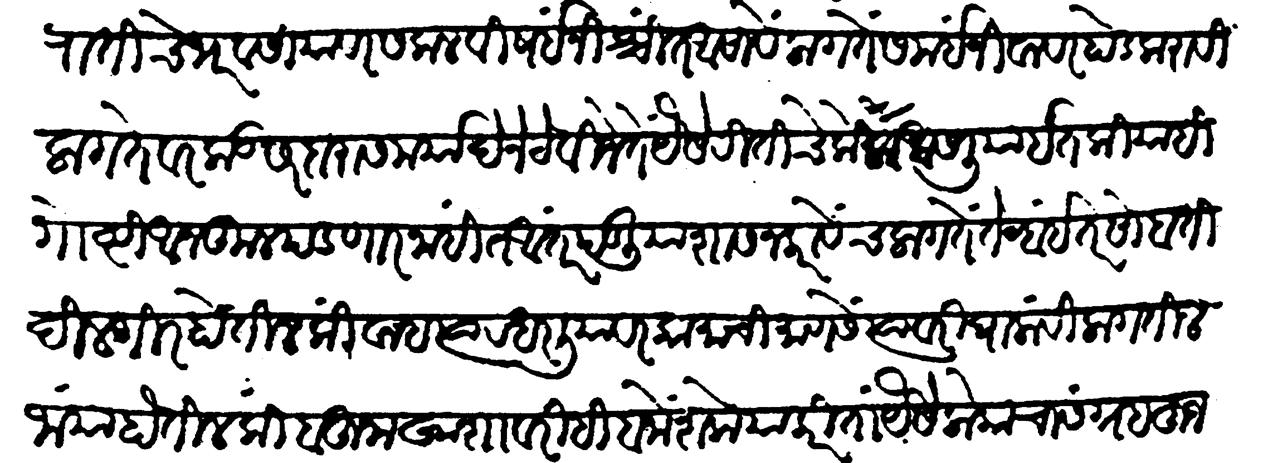
Transliteration (Devanagari): हुजरातीचे भरवसियावर सकलविषई निश्चित आसावे लागते समयीं जिवावर होड करावी लागते वरकड सरदारास मयदिने ठेविजे तें यैसे रीतीचे लोक असलीया इतकीया हि गोष्ट आनकूल पडणार नाहीत अंतर पडलिया शासन करावेंच लागते तेव्हा इतर सोबती दिलगीर होतील किंवा हत्यार धरलीयावर कामाची माणसे त्यावरी घालावीं लागतील जायां होतील किंबहुना खाशांवरही बनों शके याकरितां यैसे लोकाचा संग्रह हुजरातींत